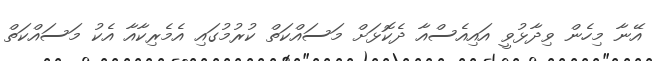
އޭނާ މިހެން ވިދާޅުވީ އައިއެސްއާ ދެކޮޅަށް މަސައްކަތް ކުރުމުގައި އެމެރިކާއާ އެކު މަސައްކަތް